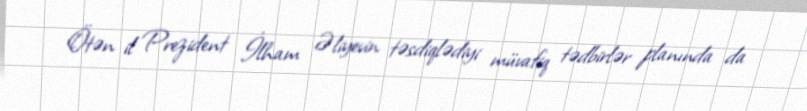
Ötən il Prezident İlham Əliyevin təsdiqlədiyi müvafiq tədbirlər planında da